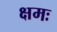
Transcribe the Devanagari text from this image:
क्षमः